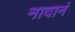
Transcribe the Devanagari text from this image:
नादानं